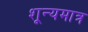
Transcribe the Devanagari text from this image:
शून्यमात्र